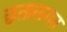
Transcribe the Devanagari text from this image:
छतालगत